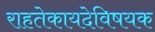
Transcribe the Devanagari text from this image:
राहतेकायदेविषयक